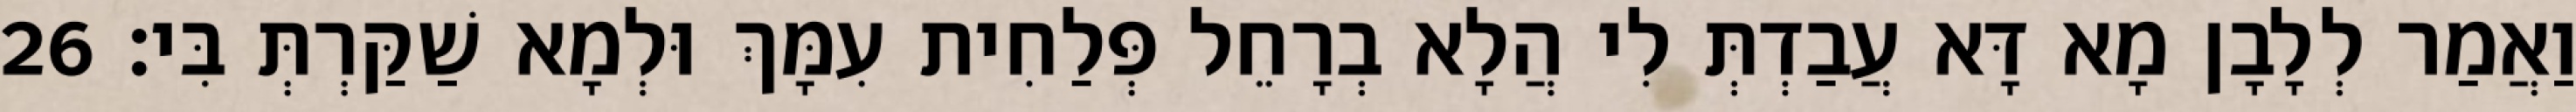
וַאֲמַר לְלָבָן מָא דָּא עֲבַדְתְּ לִי הֲלָא בְרָחֵל פְּלַחִית עִמָּךְ וּלְמָא שַׁקַּרְתְּ בִּי׃ 26